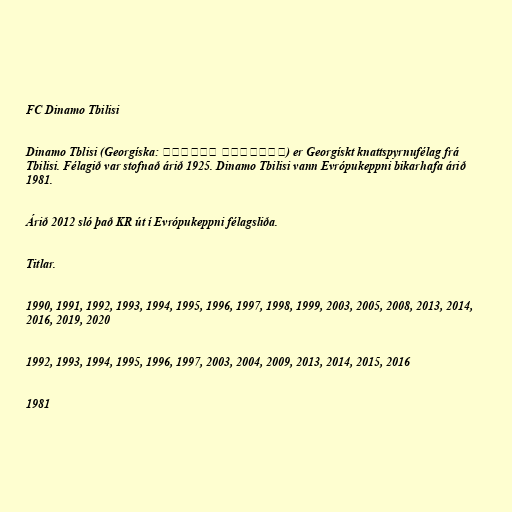
FC Dinamo Tbilisi

Dinamo Tblisi (Georgíska: დინამო თბილისი) er Georgískt knattspyrnufélag frá
Tbilisi. Félagið var stofnað árið 1925. Dinamo Tbilisi vann Evrópukeppni bikarhafa árið
1981.

Árið 2012 sló það KR út í Evrópukeppni félagsliða.

Titlar.

1990, 1991, 1992, 1993, 1994, 1995, 1996, 1997, 1998, 1999, 2003, 2005, 2008, 2013, 2014,
2016, 2019, 2020

1992, 1993, 1994, 1995, 1996, 1997, 2003, 2004, 2009, 2013, 2014, 2015, 2016

1981